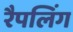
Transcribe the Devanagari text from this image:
रैपलिंग